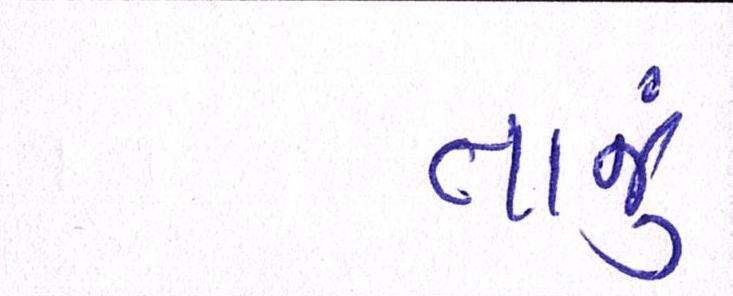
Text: તાજું